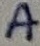
Text: A